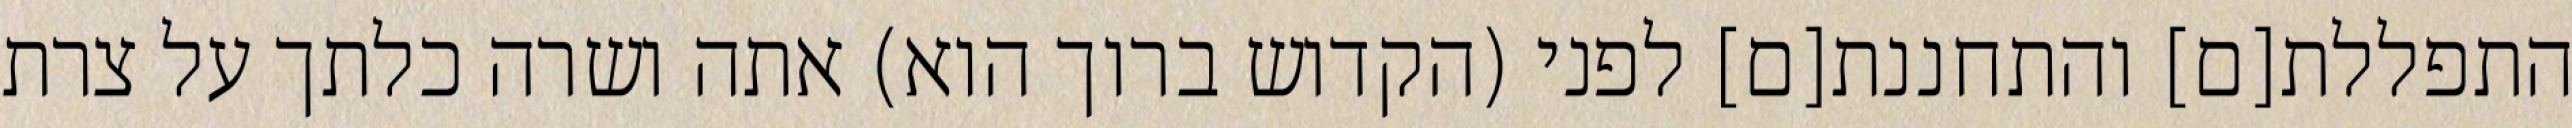
התפללת[ם] והתחננת[ם] לפני (הקדוש ברוך הוא) אתה ושרה כלתך על צרת